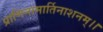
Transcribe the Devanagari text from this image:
प्राणिनामार्तिनाशनम्।।